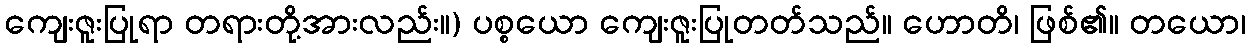
ကျေးဇူးပြုရာ တရားတို့အားလည်း။) ပစ္စယော ကျေးဇူးပြုတတ်သည်။ ဟောတိ၊ ဖြစ်၏။ တယော၊